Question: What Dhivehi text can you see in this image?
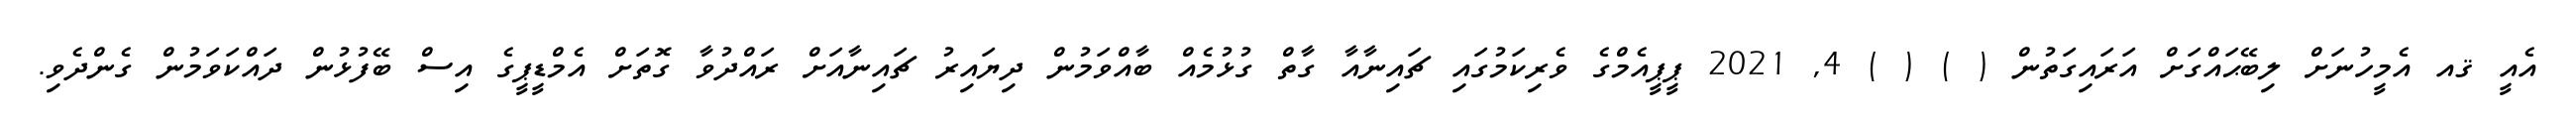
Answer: އެއީ ޤއ އެމީހުނަށް ލިބޭޙައްގަށް އަރައިގަތުން ( ) ( ) 4, 2021 ޕީޕީއެމްގެ ވެރިކަމުގައި ޗައިނާއާ ގާތް ގުޅުމެއް ބާއްވަމުން ދިޔައިރު ޗައިނާއަށް ރައްދުވާ ގޮތަށް އެމްޑީޕީގެ އިސް ބޭފުޅުން ދައްކަވަމުން ގެންދެވި.